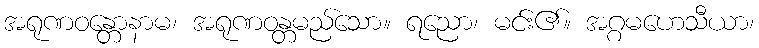
အရုဏဝန္တောနာမ၊ အရုဏဝန္တမည်သော။ ရညော၊ မင်း၏။ အဂ္ဂမဟေသီယာ၊